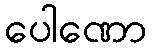
ပေါဏော